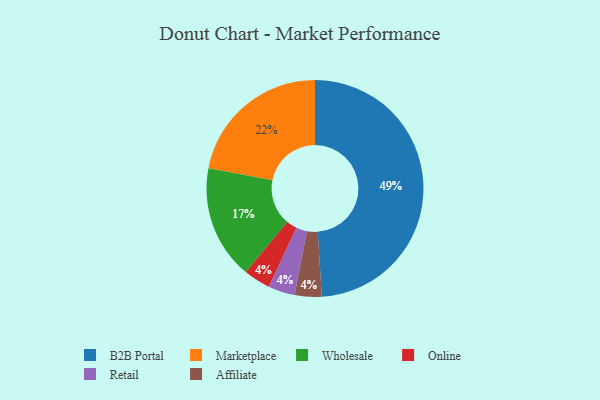
{"axis": {"x": "Category", "y": "Percentage"}, "legend": ["Affiliate", "B2B Portal", "Marketplace", "Online", "Retail", "Wholesale"], "data": [{"x": "Online", "y": 4, "type": "Online"}, {"x": "Marketplace", "y": 22, "type": "Marketplace"}, {"x": "Retail", "y": 4, "type": "Retail"}, {"x": "B2B Portal", "y": 49, "type": "B2B Portal"}, {"x": "Affiliate", "y": 4, "type": "Affiliate"}, {"x": "Wholesale", "y": 17, "type": "Wholesale"}]}